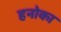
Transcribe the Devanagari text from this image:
हनोका